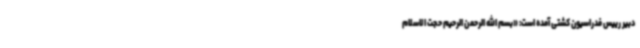
دبیر رییس فدراسیون کشتی آمده است: «بسم الله الرحمن الرحیم حجت الاسلام